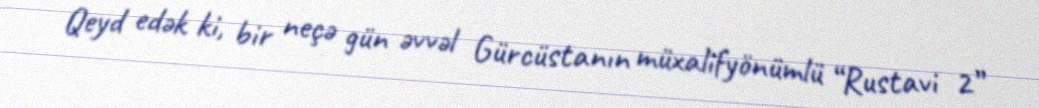
Qeyd edək ki, bir neçə gün əvvəl Gürcüstanın müxalifyönümlü “Rustavi 2”